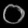
Digit: ၀